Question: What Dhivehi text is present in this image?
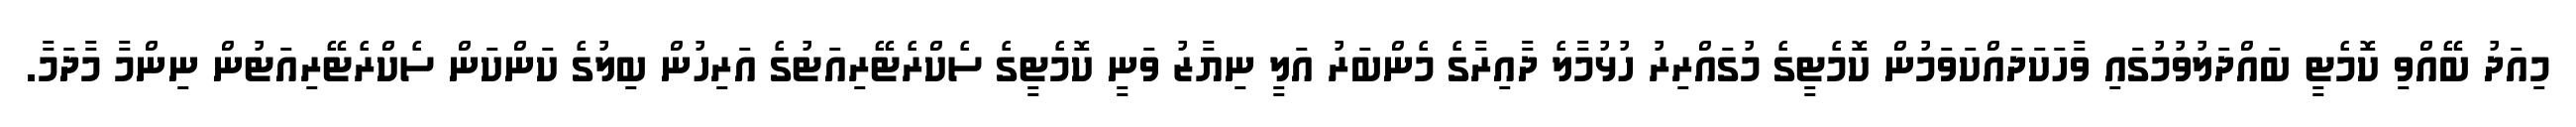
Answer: މިއަދު ބޭއްވި ކޮމެޓީ ބައްދަލުވުމުގައި ވާހަކަދައްކަވަމުން ކޮމެޓީގެ މުގައްރިރު ހުޅުމާލެ ދާއިރާގެ މެންބަރު އަލީ ނިޔާޒު ވަނީ ކޮމެޓީގެ ސެކްރެޓޭރިއަޓުގެ އަރިހުން ބިލުގެ ކަންކަން ސެކްރެޓޭރިއަޓުން ނިންމާ މާދަމާ.